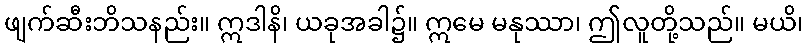
ဖျက်ဆီးဘိသနည်း။ ဣဒါနိ၊ ယခုအခါ၌။ ဣမေ မနုဿာ၊ ဤလူတို့သည်။ မယိ၊